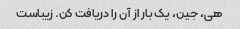
هی، جین، یک بار از آن را دریافت کن. زیباست